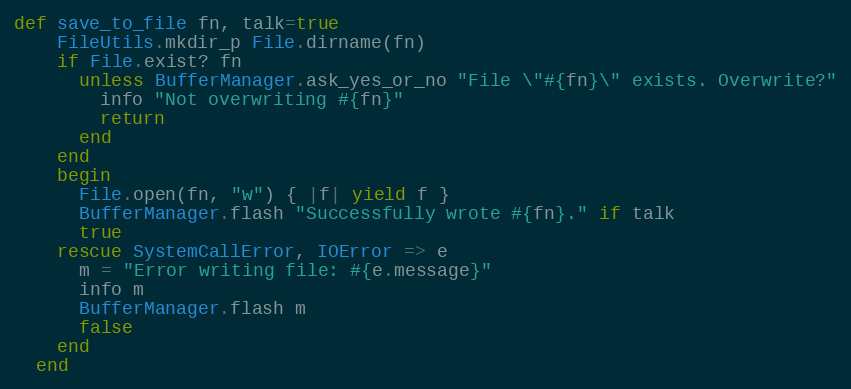
Language: Ruby
def save_to_file fn, talk=true
    FileUtils.mkdir_p File.dirname(fn)
    if File.exist? fn
      unless BufferManager.ask_yes_or_no "File \"#{fn}\" exists. Overwrite?"
        info "Not overwriting #{fn}"
        return
      end
    end
    begin
      File.open(fn, "w") { |f| yield f }
      BufferManager.flash "Successfully wrote #{fn}." if talk
      true
    rescue SystemCallError, IOError => e
      m = "Error writing file: #{e.message}"
      info m
      BufferManager.flash m
      false
    end
  end